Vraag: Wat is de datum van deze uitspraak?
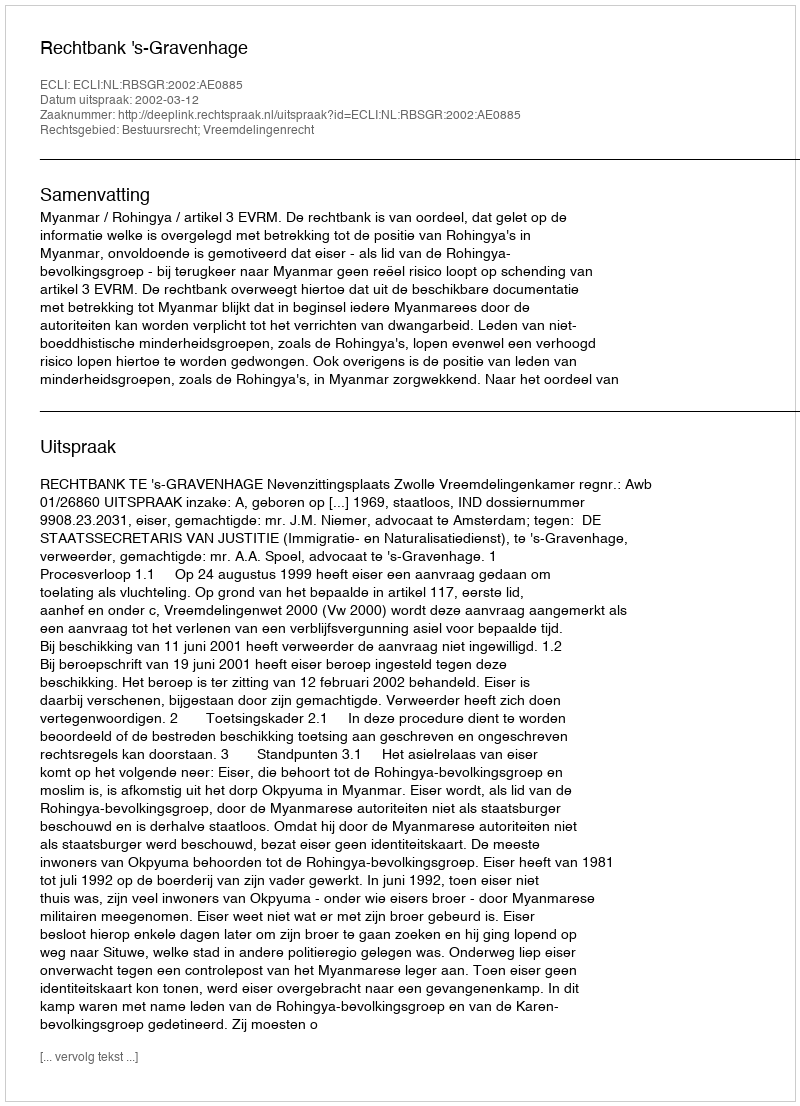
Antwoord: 2002-03-12